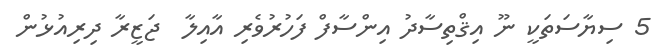
5 ސިޔާސަތަކީ ނޫ އިޤްތިސާދު އިންސާފް ފަހުރުވެރި އާއިލާ  ޖަޒީރާ ދިރިއުޅުން